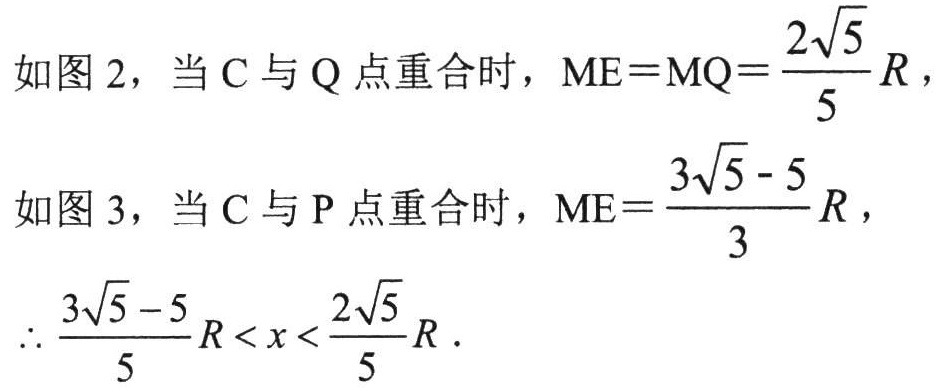
如图2，当C与Q点重合时，\(ME = MQ=\dfrac{2\sqrt{5}}{5}R\)，
如图3，当C与P点重合时，\(ME=\dfrac{3\sqrt{5}-5}{3}R\)，
\(\therefore\dfrac{3\sqrt{5}-5}{5}R< x<\dfrac{2\sqrt{5}}{5}R\).